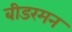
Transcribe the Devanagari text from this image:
बीडरमन